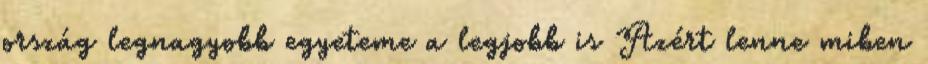
ország legnagyobb egyeteme a legjobb is Azért lenne miben